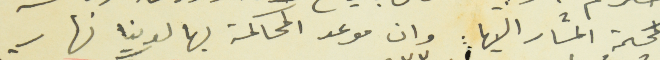
المحكمة المشار اليها : وان موعد المحاكمة بها لدينا نهار